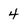
Character: 4